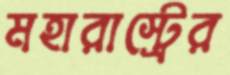
মহারাস্ট্রের